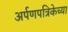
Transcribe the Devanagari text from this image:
अर्पणपत्रिकेच्या